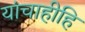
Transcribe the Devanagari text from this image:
यांचाहीहि